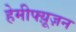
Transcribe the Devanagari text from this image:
हेमीफ्य़ूज़न